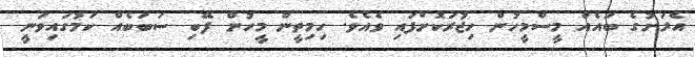
އެރަށުގެ ބައެއް މީސްމީހުން ހިޖުރަކޮށްފައި ވެއެވެ. ހިމިތީން މީހުން ފޭބި ސަބަބެއް ކަމުގައިވަނީ